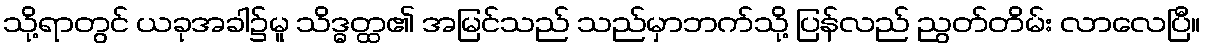
သို့ရာတွင် ယခုအခါ၌မူ သိဒ္ဓတ္ထ၏ အမြင်သည် သည်မှာဘက်သို့ ပြန်လည် ညွတ်တိမ်း လာလေပြီ။